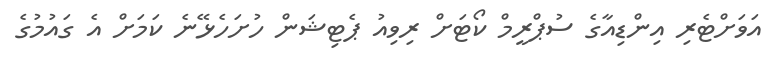
އަވަށްޓެރި އިންޑިއާގެ ސުޕްރީމް ކޯޓަށް ރިވިއު ޕެޓިޝަން ހުށަހެޅޭނެ ކަމަށް އެ ގައުމުގެ